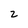
Character: 2